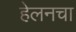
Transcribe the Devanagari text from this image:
हेलनचा